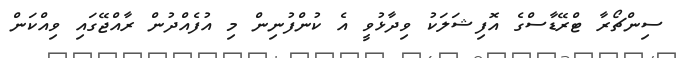
ސިންޗޯރާ ޓްރޭޑާސްގެ އޮފިޝަލަކު ވިދާޅުވީ އެ ކުންފުނިން މި އުފެއްދުން ރާއްޖޭގައި ވިއްކަން